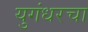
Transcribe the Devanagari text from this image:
युगंधरचा